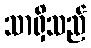
သာရှိသည်